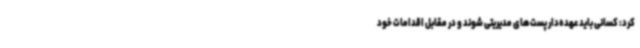
کرد: کسانی باید عهده‌دار پست‌های مدیریتی شوند و در مقابل اقدامات خود